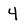
Character: 4